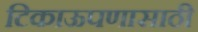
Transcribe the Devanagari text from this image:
टिकाऊपणासाठी